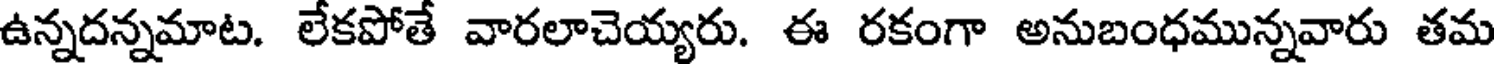
ఉన్నదన్నమాట. లేకపోతే వారలాచెయ్యరు. ఈ రకంగా అనుబంధమున్నవారు తమ